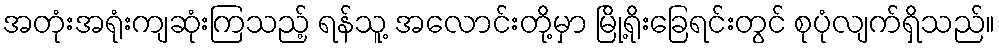
အတုံးအရုံးကျဆုံးကြသည့် ရန်သူ့ အလောင်းတို့မှာ မြို့ရိုးခြေရင်းတွင် စုပုံလျက်ရှိသည်။